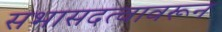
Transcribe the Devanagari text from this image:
सभासदत्वावरून